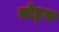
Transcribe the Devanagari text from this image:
तोड्न